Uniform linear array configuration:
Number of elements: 48
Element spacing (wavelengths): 0.25
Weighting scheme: kaiser
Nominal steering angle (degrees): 60
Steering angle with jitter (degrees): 61.707
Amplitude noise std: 0.05
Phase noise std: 0.05

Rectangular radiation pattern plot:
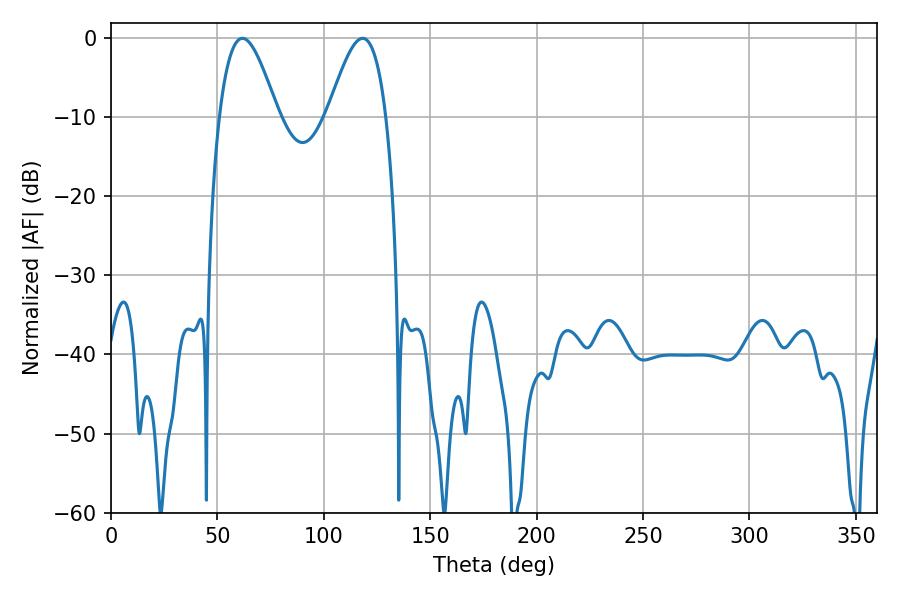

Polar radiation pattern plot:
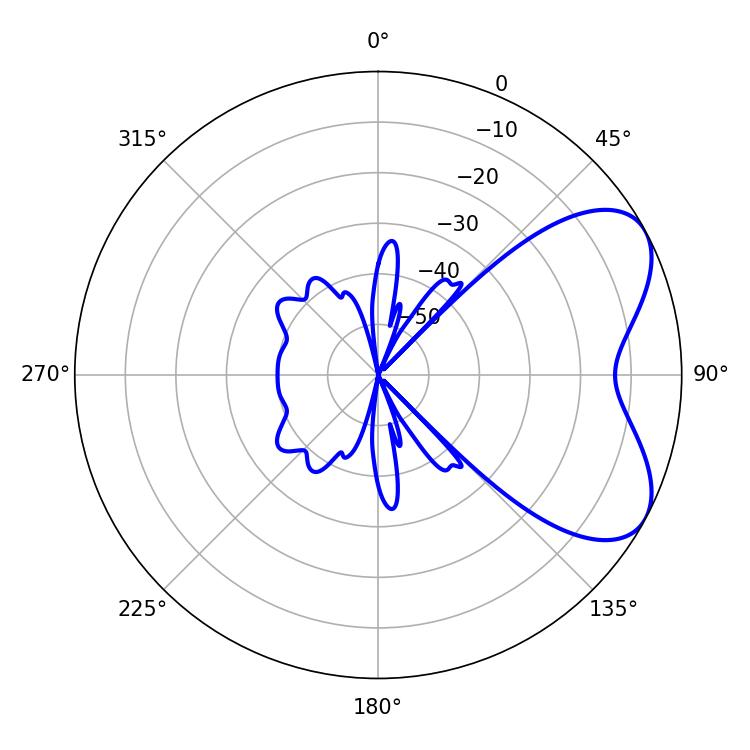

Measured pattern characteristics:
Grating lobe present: FALSE
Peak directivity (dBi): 5.881
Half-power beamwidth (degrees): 14.76
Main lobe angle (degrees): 61.74